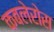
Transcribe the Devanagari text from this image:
कबलेरोस